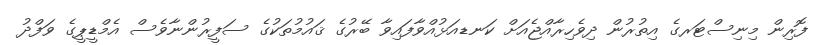
ފޮރިން މިނިސްޓަރގެ އިތުރުން ދިވެހިރާއްޖެއަށް ކަނޑއަޅުއްވާފައިވާ ބޭރުގެ ޤައުމުތަކުގެ ސަފީރުންނާވެސް އެމްޑީޕީގެ ވަފްދު